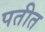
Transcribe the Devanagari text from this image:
पतीत